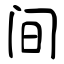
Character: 间